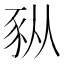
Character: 𫎆